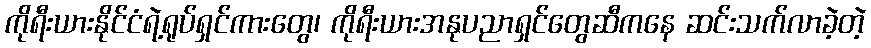
ကိုရီးယားနိုင်ငံရဲ့ရုပ်ရှင်ကားတွေ၊ ကိုရီးယားအနုပညာရှင်တွေဆီကနေ ဆင်းသက်လာခဲ့တဲ့